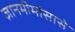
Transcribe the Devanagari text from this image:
ज्ञानमीमांसासे